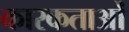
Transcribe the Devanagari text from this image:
कारकताओं